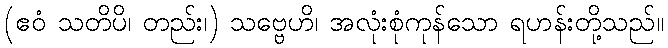
(ဧဝံ သတိပိ၊ တည်း၊) သဗ္ဗေဟိ၊ အလုံးစုံကုန်သော ရဟန်းတို့သည်။